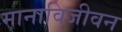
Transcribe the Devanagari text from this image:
मानाविजीवन